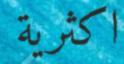
اكثرية